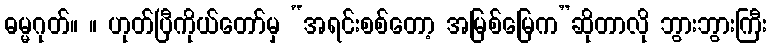
ဓမ္မဂုတ်။ ။ ဟုတ်ပြီကိုယ်တော်မှ “အရင်းစစ်တော့ အမြစ်မြေက”ဆိုတာလို ဘွားဘွားကြီး